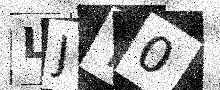
Text: LJY0